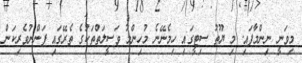
މިވަނީ ނިންމާފައި. މި ޔޫތު ސިޓީގައި ހިމެނޭނެ މުހިންމު ވަސީލަތްތަކުގެ ތެރޭގައި ފަންނުވެރިކަން